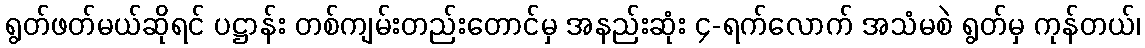
ရွတ်ဖတ်မယ်ဆိုရင် ပဋ္ဌာန်း တစ်ကျမ်းတည်းတောင်မှ အနည်းဆုံး ၄-ရက်လောက် အသံမစဲ ရွတ်မှ ကုန်တယ်၊